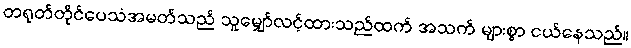
တရုတ်တိုင်ပေသံအမတ်သည် သူမျှော်လင့်ထားသည်ထက် အသက် များစွာ ငယ်နေသည်။